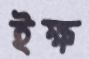
ইক্ষ